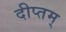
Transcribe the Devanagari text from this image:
दीप्तम्